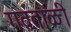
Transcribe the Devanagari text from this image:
गवताळी